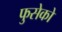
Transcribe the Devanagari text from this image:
फुसेको